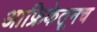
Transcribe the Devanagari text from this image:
आफ्रिकेतूनच